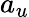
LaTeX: a_{u}